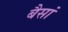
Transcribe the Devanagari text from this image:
बैसां